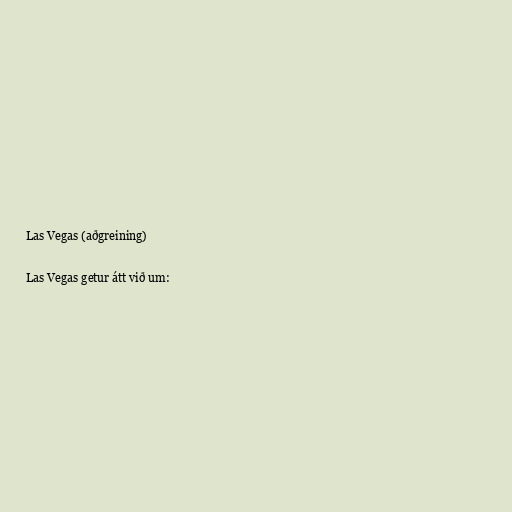
Las Vegas (aðgreining)

Las Vegas getur átt við um: